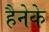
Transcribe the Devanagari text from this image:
हैनेके